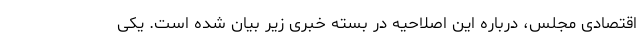
اقتصادی مجلس، درباره این اصلاحیه در بسته خبری زیر بیان شده است. یکی